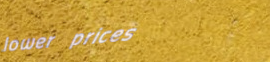
lower prices